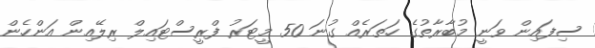
ސިފައިން ވަނީ މުބާރާތުގެ ހަތަރެއް ގުނަ 50 މީޓަރު ފްރީސްޓައިލް ރިލޭއިން އަންހެން